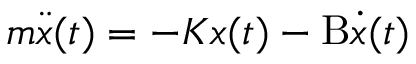
m { \ddot { x } } ( t ) = - K x ( t ) - \mathrm { B } { \dot { x } } ( t )